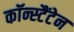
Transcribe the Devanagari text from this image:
कॉन्स्टैंटेन